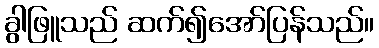
ခွါဖြူသည် ဆက်၍အော်ပြန်သည်။